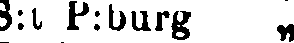
S:t P:burg „